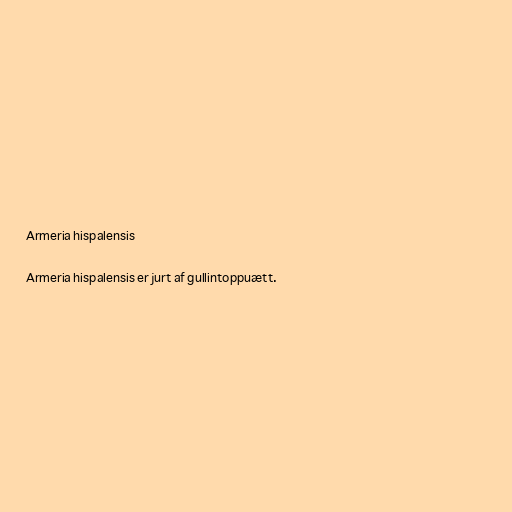
Armeria hispalensis

Armeria hispalensis er jurt af gullintoppuætt.